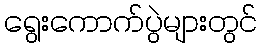
ရွေးကောက်ပွဲများတွင်